Report of the Bombay Plague Committee
Disease focus: Plague
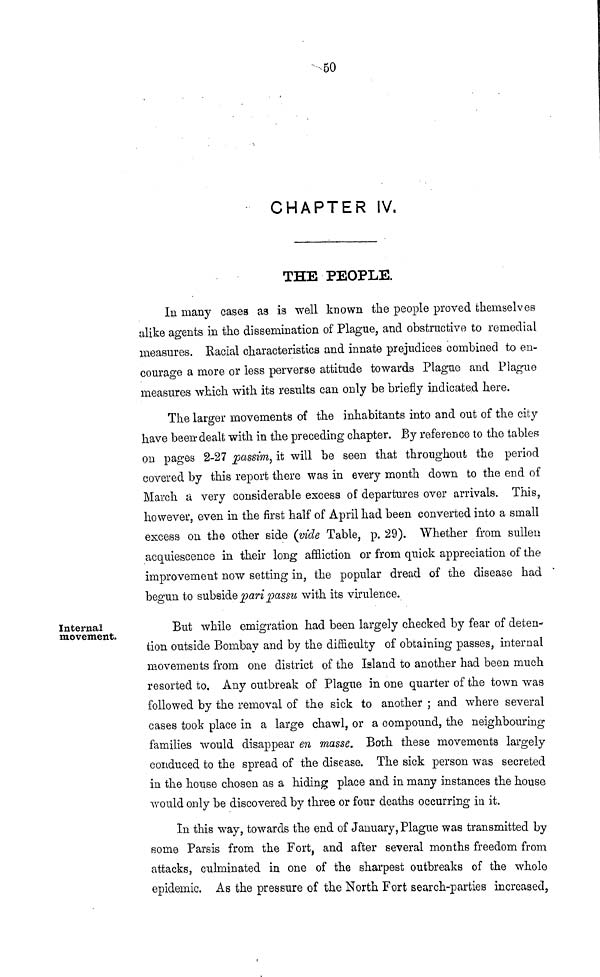
50
CHAPTER IV.
THE PEOPLE.
In many cases as is well known the people proved themselves
alike agents in the dissemination of Plague, and obstructive to remedial
measures. Racial characteristics and innate prejudices combined to eu-
courage a more or less perverse attitude towards Plague and Plague
measures which with its results can only be briefly indicated here.
The larger movements of the inhabitants into and out of the city
have been dealt with in the preceding chapter. By reference to the tables
on pages 2-27 passim, it will be seen that throughout the period
covered by this report there was in every month down to the end of
March & very considerable excess of departures over arrivals. This,
however, even in the first half of April had been converted into a small
excess on the other side (vide Table, p. 29). Whether from sullen
acquiescence in their long affliction or from quick appreciation of the
improvement now setting in, the popular dread of the disease had
begun to subside pari passu with its virulence.
Internal
movement.
But while emigration had been largely checked by fear of deten-
tion outside Bombay and by the difficulty of obtaining passes, internal
movements from one district of the Island to another had been much
resorted to. Any outbreak of Plague in one quarter of the town was
followed by the removal of the sick to another ; and where several
cases took place in a large chawl, or a compound, the neighbouring
families would disappear en masse. Both these movements largely
conduced to the spread of the disease, The sick person was secreted
in the house chosen as a hiding place and in many instances the house
would only be discovered by three or four deaths occurring in it.
In this way, towards the end of January, Plague was transmitted by
some Parsis from the Fort, and after several months freedom from
attacks, culminated in one of the sharpest outbreaks of the whole
epidemic. As the pressure of the North Fort search-parties increased.